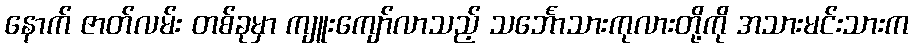
နောက် ဇာတ်လမ်း တစ်ခုမှာ ကျူးကျော်လာသည့် သင်္ဘောသားကုလားတို့ကို အသားမင်းသားက